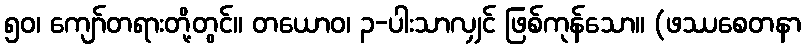
၅၀၊ ကျော်တရားတို့တွင်။ တယောဝ၊ ၃-ပါးသာလျှင် ဖြစ်ကုန်သော။ (ဖဿစေတနာ